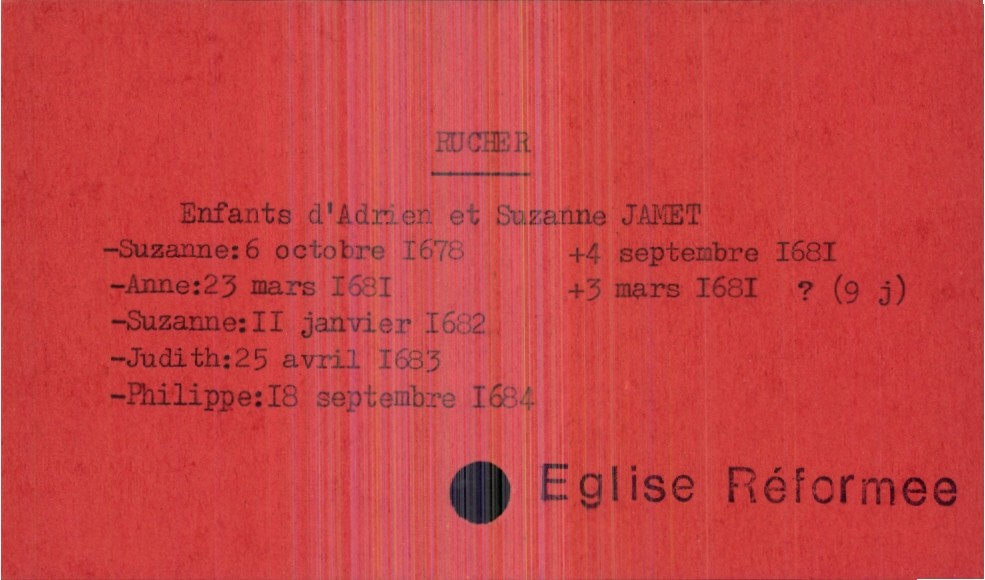
type_acte: Baptême
observations: Eglise Réformee
filiation: fils
enfant_prénom: Philippe
enfant_date_de_naissance: 18 septembre 1684
enfant_date_de_décès: 3 mars 1681
père_enfant_nom: Rucher
père_enfant_prénom: Adrien
mère_enfant_nom: Jamet
mère_enfant_prénom: Suzanne